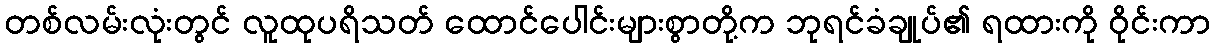
တစ်လမ်းလုံးတွင် လူထုပရိသတ် ထောင်ပေါင်းများစွာတို့က ဘုရင်ခံချုပ်၏ ရထားကို ဝိုင်းကာ